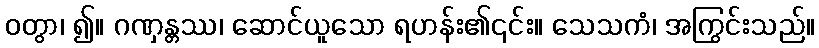
ဝတွာ၊ ၍။ ဂဏှန္တဿ၊ ဆောင်ယူသော ရဟန်း၏၎င်း။ သေသကံ၊ အကြွင်းသည်။